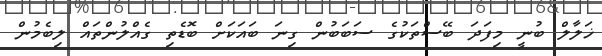
ޚަލާލް ބުނީ މިފަދަ ބޭސްތަކުގެ ސަބަބުން ގިނަ ބައަކަށް ބޮޑެތި ގެއްލުންތައް ލިބެމުން